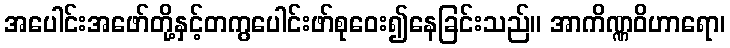
အပေါင်းအဖော်တို့နှင့်တကွပေါင်းဖာ်စုဝေး၍နေခြင်းသည်။ အာကိဏ္ဏဝိဟာရော၊